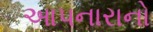
આપનારાનો